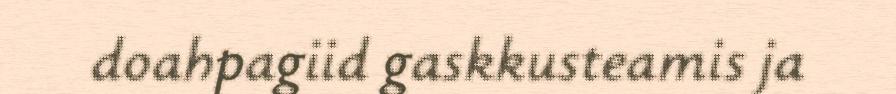
doahpagiid gaskkusteamis ja